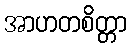
အာဟတစိတ္တာ